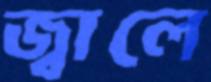
জ্বালে